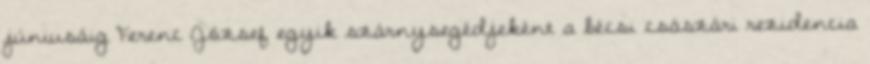
júniusáig Ferenc József egyik szárnysegédjeként a bécsi császári rezidencia